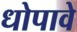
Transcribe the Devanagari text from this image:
धोपावे